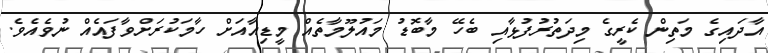
އާދައިގެ މަތިން ކެރީގެ މިދަތުރުފުޅާއި ބެހޭ މާބޮޑު މައުލޫމާތެއް މީޑިއާއަށް ހާމަކުރަށްވާފައެއް ނުވެއެވެ.